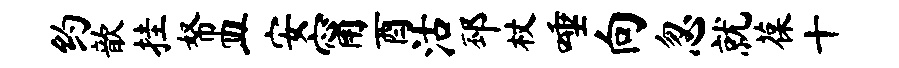
约歆挂帑皿安甯酉沽邳杖唾向忽就葆十